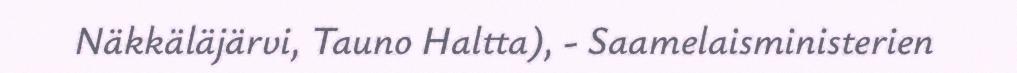
Näkkäläjärvi, Tauno Haltta), - Saamelaisministerien